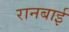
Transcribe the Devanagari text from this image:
रानबाई